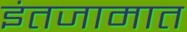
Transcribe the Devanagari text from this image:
इंतजामात